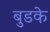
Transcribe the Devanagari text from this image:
बुडके